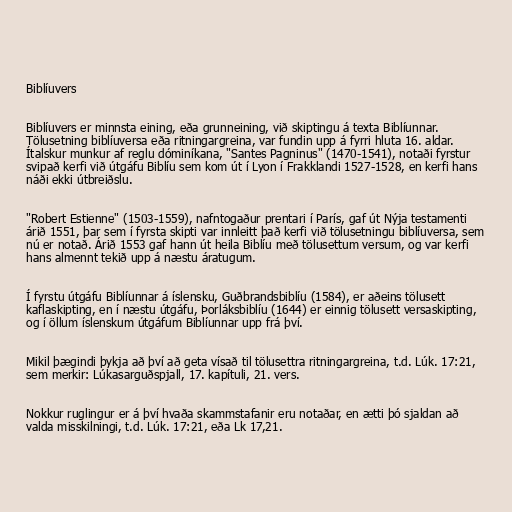
Biblíuvers

Biblíuvers er minnsta eining, eða grunneining, við skiptingu á texta Biblíunnar.
Tölusetning biblíuversa eða ritningargreina, var fundin upp á fyrri hluta 16. aldar.
Ítalskur munkur af reglu dóminíkana, "Santes Pagninus" (1470-1541), notaði fyrstur
svipað kerfi við útgáfu Biblíu sem kom út í Lyon í Frakklandi 1527-1528, en kerfi hans
náði ekki útbreiðslu.

"Robert Estienne" (1503-1559), nafntogaður prentari í París, gaf út Nýja testamenti
árið 1551, þar sem í fyrsta skipti var innleitt það kerfi við tölusetningu biblíuversa, sem
nú er notað. Árið 1553 gaf hann út heila Biblíu með tölusettum versum, og var kerfi
hans almennt tekið upp á næstu áratugum.

Í fyrstu útgáfu Biblíunnar á íslensku, Guðbrandsbiblíu (1584), er aðeins tölusett
kaflaskipting, en í næstu útgáfu, Þorláksbiblíu (1644) er einnig tölusett versaskipting,
og í öllum íslenskum útgáfum Biblíunnar upp frá því.

Mikil þægindi þykja að því að geta vísað til tölusettra ritningargreina, t.d. Lúk. 17:21,
sem merkir: Lúkasarguðspjall, 17. kapítuli, 21. vers.

Nokkur ruglingur er á því hvaða skammstafanir eru notaðar, en ætti þó sjaldan að
valda misskilningi, t.d. Lúk. 17:21, eða Lk 17,21.